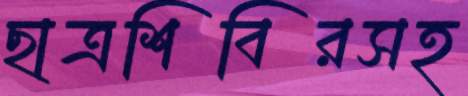
ছাত্রশিবিরসহ